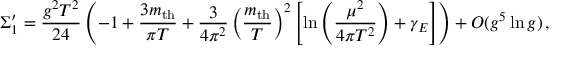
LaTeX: \Sigma _ { 1 } ^ { \prime } = { \frac { g ^ { 2 } T ^ { 2 } } { 2 4 } } \left( - 1 + { \frac { 3 m _ { \mathrm { t h } } } { \pi T } } + { \frac { 3 } { 4 \pi ^ { 2 } } } \left( { \frac { m _ { \mathrm { t h } } } { T } } \right) ^ { 2 } \left[ \ln \left( { \frac { \mu ^ { 2 } } { 4 \pi T ^ { 2 } } } \right) + \gamma _ { E } \right] \right) + { \cal O } ( g ^ { 5 } \ln g ) \, ,